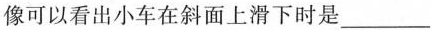
像可以看出小车在斜面上滑下时是___